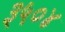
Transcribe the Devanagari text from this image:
३५०४